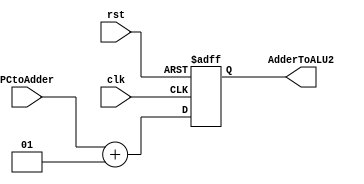
`timescale 1ns / 1ps
//////////////////////////////////////////////////////////////////////////////////
// Company:
// Engineer:
//
// Design Name:
// Module Name: Adder
// Project Name:
// Target Devices:
// Tool Versions:
// Description:
//
// Dependencies:
//
// Revision:
// Revision 0.01 - File Created
// Additional Comments:
//
//////////////////////////////////////////////////////////////////////////////////


module Adder#(parameter integer N = 10)(
    input rst,
    input signed [N-1:0] PCtoAdder,
    input clk,
    output reg signed [N-1:0] AdderToALU2
    );

always @(negedge clk or posedge rst)
begin
if(rst) AdderToALU2 <= 0;
else AdderToALU2 <= PCtoAdder + 1;
end
endmodule